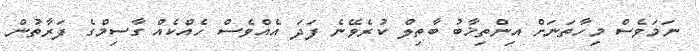
ނަމަވެސް މިހާތަނަށް އިންތިޚާބު ބާތިލް ކުރެވޭނެ ފަދަ އެއްވެސް ހެއްކެއް ގާސިމްގެ ފަރާތުން